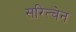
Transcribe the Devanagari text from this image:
सरित्चेन